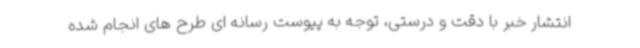
انتشار خبر با دقت و درستی، توجه به پیوست رسانه ای طرح های انجام شده